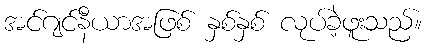
အင်ဂျင်နီယာအဖြစ် နှစ်နှစ် လုပ်ခဲ့ဖူးသည်။